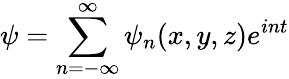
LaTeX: \psi=\displaystyle\sum_{n=-\infty}^{\infty}\psi_{n}(x,y,z)e^{int}